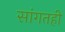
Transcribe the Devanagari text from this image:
सांगतही